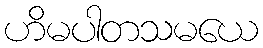
ဟိမပါတသမယေ